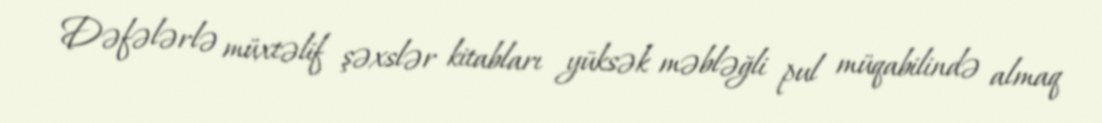
Dəfələrlə müxtəlif şəxslər kitabları yüksək məbləğli pul müqabilində almaq